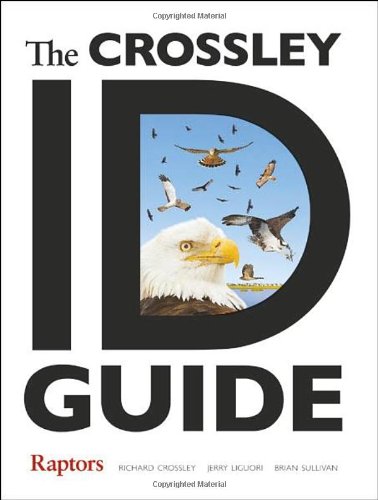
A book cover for The Crossley ID Guide: Raptors (The Crossley ID Guides); Richard Crossley; Science & Math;